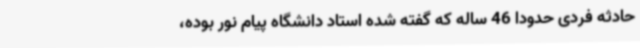
حادثه فردی حدودا 46 ساله که گفته شده استاد دانشگاه پیام نور بوده،